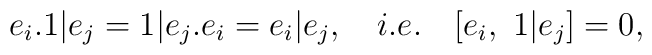
e_{i}.1|e_{j}=1|e_{j}.e_{i}=e_{i}|e_{j},\quad i.e.\quad [e_{i},~1|e_{j}]=0,